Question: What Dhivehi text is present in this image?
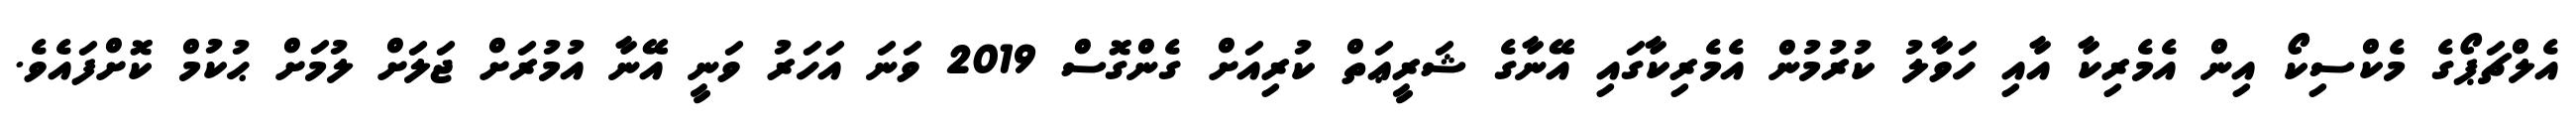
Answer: އެލްޗަޕޯގެ މެކްސިކޯ އިން އެމެރިކާ އާއި ހަވާލު ކުރުމުން އެމެރިކާގައި އޭނާގެ ޝަރީޢަތް ކުރިއަށް ގެންގޮސް 2019 ވަނަ އަހަރު ވަނީ އޭނާ އުމުރަށް ޖަލަށް ލުމަށް ޙުކުމް ކޮށްފައެވެ.